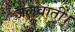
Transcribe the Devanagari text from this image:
जलवातीं।